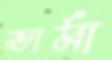
ভার্মা